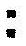
: